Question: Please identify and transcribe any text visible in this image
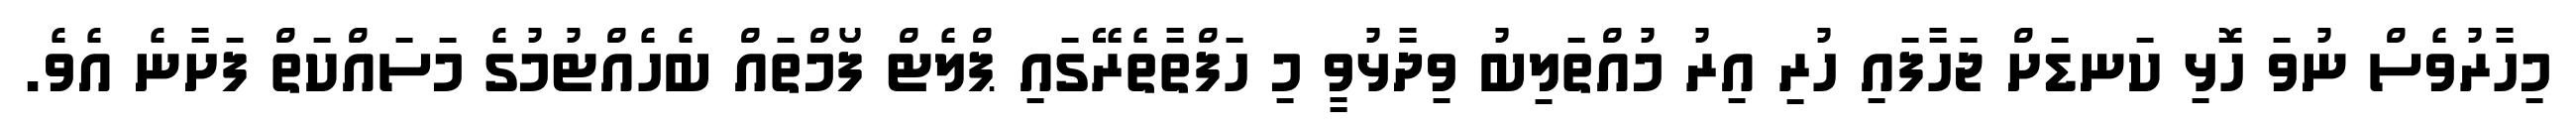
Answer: މިހާރުވެސް ނުވަ ހޮޅި ކަނޑަށް ޖަހާފައި ހުރި އިރު މުއްތަލިބު ވިދާޅުވީ މި ހަފްތާތެރޭގައި ޕްލެޓް ފޯމްތައް ބެހެއްޓުމުގެ މަސައްކަތް ފަށާނެ އެވެ.